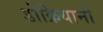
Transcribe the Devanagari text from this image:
डोक्रियानी